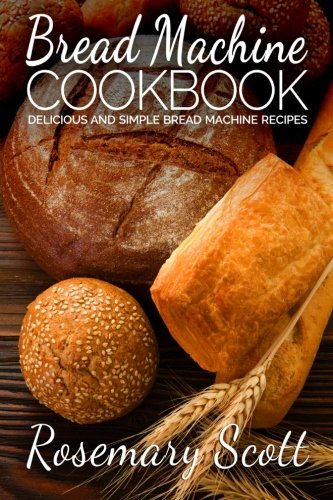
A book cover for Bread Machine Cookbook: Delicious And Simple Bread Machine Recipes; Rosemary Scott; Cookbooks, Food & Wine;